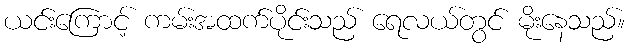
ယင်းကြောင့် ကမ်းအထက်ပိုင်းသည် ရေလယ်တွင် မိုးနေသည်။